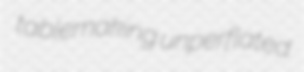
tablemaking unperflated